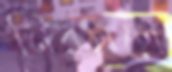
নিরসণে